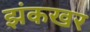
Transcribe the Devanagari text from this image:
झंकखर